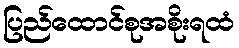
ပြည်ထောင်စုအစိုးရထံ